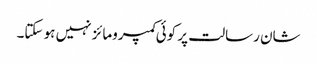
شان رسالت پر کوئی کمپرومائز نہیں ہو سکتا۔